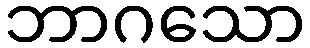
ဘာဂသော